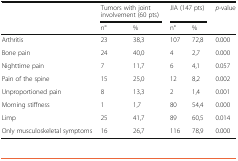
<table><thead><tr><td rowspan="2"></td><td colspan="2"><b>Tumors with joint involvement (60 pts)</b></td><td colspan="2"><b>JIA (147 pts)</b></td><td rowspan="2"><b><i>p-</i>value</b></td></tr><tr><td><b>n°</b></td><td><b>%</b></td><td><b>n°</b></td><td><b>%</b></td></tr></thead><tbody><tr><td>Arthritis</td><td>23</td><td>38,3</td><td>107</td><td>72,8</td><td>0.000</td></tr><tr><td>Bone pain</td><td>24</td><td>40,0</td><td>4</td><td>2,7</td><td>0.000</td></tr><tr><td>Nighttime pain</td><td>7</td><td>11,7</td><td>6</td><td>4,1</td><td>0.057</td></tr><tr><td>Pain of the spine</td><td>15</td><td>25,0</td><td>12</td><td>8,2</td><td>0.002</td></tr><tr><td>Unproportioned pain</td><td>8</td><td>13,3</td><td>2</td><td>1,4</td><td>0.001</td></tr><tr><td>Morning stiffness</td><td>1</td><td>1,7</td><td>80</td><td>54,4</td><td>0.000</td></tr><tr><td>Limp</td><td>25</td><td>41,7</td><td>89</td><td>60,5</td><td>0.014</td></tr><tr><td>Only musculoskeletal symptoms</td><td>16</td><td>26,7</td><td>116</td><td>78,9</td><td>0.000</td></tr></tbody></table>